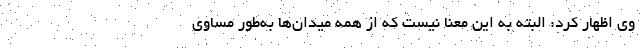
وی اظهار کرد: البته به این معنا نیست که از همه میدان‌ها به‌طور مساوی